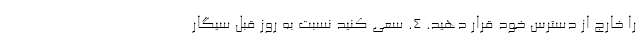
را خارج از دسترس خود قرار دهید. ۴. سعی کنید نسبت به روز قبل سیگار